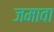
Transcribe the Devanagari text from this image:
जमावा